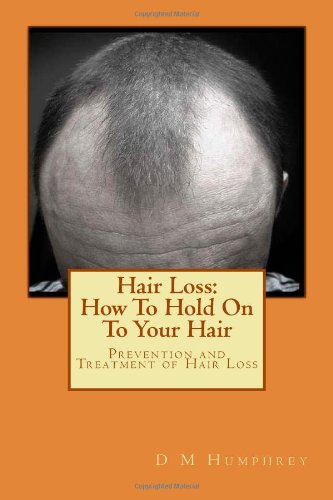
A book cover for Hair Loss: How To Hold On To Your Hair: Prevention and Treatment of Hair Loss; D M Humphrey; Health, Fitness & Dieting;